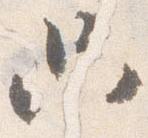
只